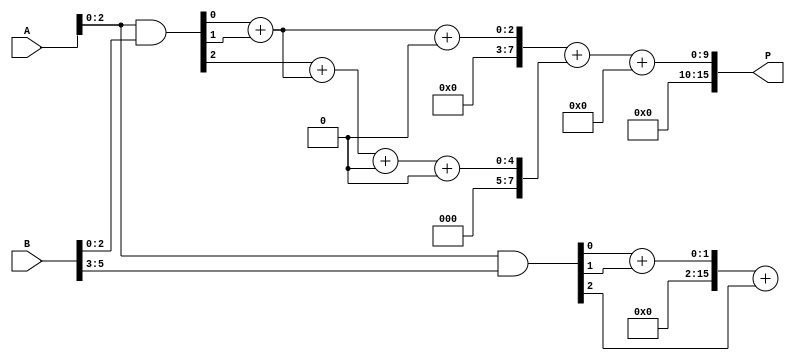
module higher_radix_wallace_tree_multiplier #(
    parameter N = 8 // Width of the input operands
)(
    input [N-1:0] A, // First operand
    input [N-1:0] B, // Second operand
    output reg [2*N-1:0] P // Product output
);

    // Intermediate signals for partial products
    wire [N-1:0] pp [0:N/3-1]; // Partial products
    wire [N-1:0] sum1 [0:N/3-1]; // First stage sums
    wire [N-1:0] carry1 [0:N/3-1]; // First stage carries
    wire [N-1:0] sum2 [0:2]; // Second stage sums
    wire [N-1:0] carry2 [0:2]; // Second stage carries

    // Partial Product Generation (Radix-8)
    genvar i;
    generate
        for (i = 0; i < N/3; i = i + 1) begin : pp_gen
            assign pp[i] = A & {3'b111, B[3*i+2:3*i]}; // Generate partial products
        end
    endgenerate

    // First stage of Wallace tree reduction
    generate
        for (i = 0; i < N/3; i = i + 1) begin : first_stage
            if (i < N/3 - 1) begin
                // Half adder for the first two bits
                assign {carry1[i], sum1[i]} = pp[i][0] + pp[i][1];
                // Full adder for the third bit
                assign {carry1[i+1], sum1[i+1]} = {1'b0, pp[i][2]} + sum1[i] + carry1[i];
            end else begin
                // Last group just sums the remaining bits
                assign {carry1[i], sum1[i]} = pp[i][0] + pp[i][1] + pp[i][2];
            end
        end
    endgenerate

    // Second stage of Wallace tree reduction
    generate
        for (i = 0; i < 2; i = i + 1) begin : second_stage
            assign {carry2[i], sum2[i]} = sum1[i] + carry1[i];
        end
    endgenerate

    // Final addition
    always @(*) begin
        P = sum2[0] + sum2[1] + carry2[0];
    end

endmodule